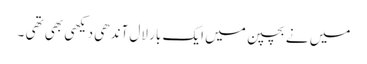
میں نے بچپن میں ایک بار لال آندھی دیکھی بھی تھی ۔